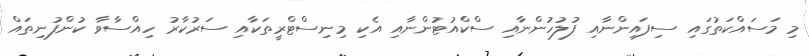
މި މަސައްކަތުގައި ސިފައިންނާއި ފުލުހުންނާއި ސްކްއުޓުންނާއި އެކި މިނިސްޓްރީތަކާއި ސަރުކާރު ހިއްސާވާ ކުންފުނިތައް